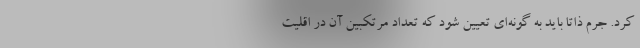
کرد. جرم ذاتاً باید به گونه‌ای تعیین شود که تعداد مرتکبین آن در اقلیت